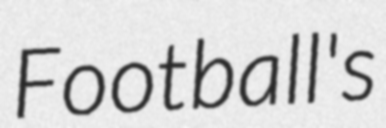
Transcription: Football's